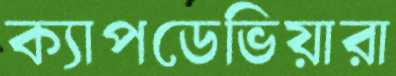
ক্যাপডেভিয়ারা